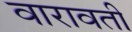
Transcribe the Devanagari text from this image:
वारावती